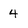
Character: 4